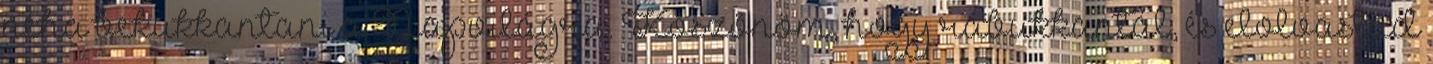
néha bekukkantani a Napvilágra. Köszönöm, hogy rábukkantál, és elolvastad